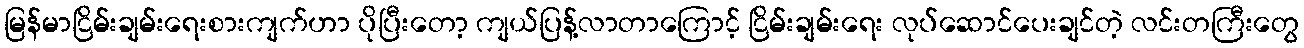
မြန်မာငြိမ်းချမ်းရေးစားကျက်ဟာ ပိုပြီးတော့ ကျယ်ပြန့်လာတာကြောင့် ငြိမ်းချမ်းရေး လုပ်ဆောင်ပေးချင်တဲ့ လင်းတကြီးတွေ